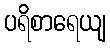
ပရိစာရေယျ